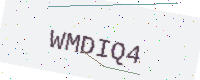
Text: WMDIQ4